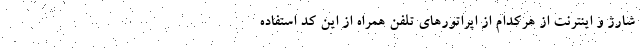
شارژ و اینترنت از هرکدام از اپراتورهای تلفن همراه از این کد استفاده